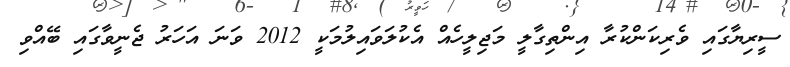
ސީރިޔާގައި ވެރިކަންކުރާ އިންތިގާލީ މަޖިލީހެއް އެކުލަވައިލުމަކީ 2012 ވަނަ އަހަރު ޖެނީވާގައި ބޭއްވި